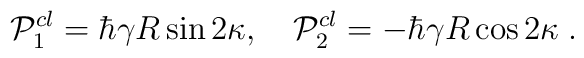
{\cal P}_{1}^{cl}=\hbar \gamma R\sin 2\kappa ,\quad {\cal P}_{2}^{cl}=-\hbar\gamma R\cos 2\kappa \;.